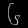
Digit: ၆